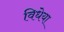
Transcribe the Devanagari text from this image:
विधेया